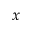
x